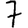
Digit: 7